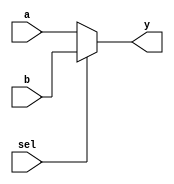
module mux_2x1_4bit (
    input [3:0] a,
    input [3:0] b,
    input sel,
    output [3:0] y
);
    // for sel = 0, output a and for sel = 1, output b
    assign y = sel ? b : a;
    
endmodule